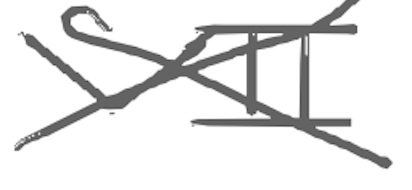
Text: VII
Cross-out: cross
Writing tool: digital_gray